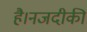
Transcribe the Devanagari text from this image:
है।नजदीकी